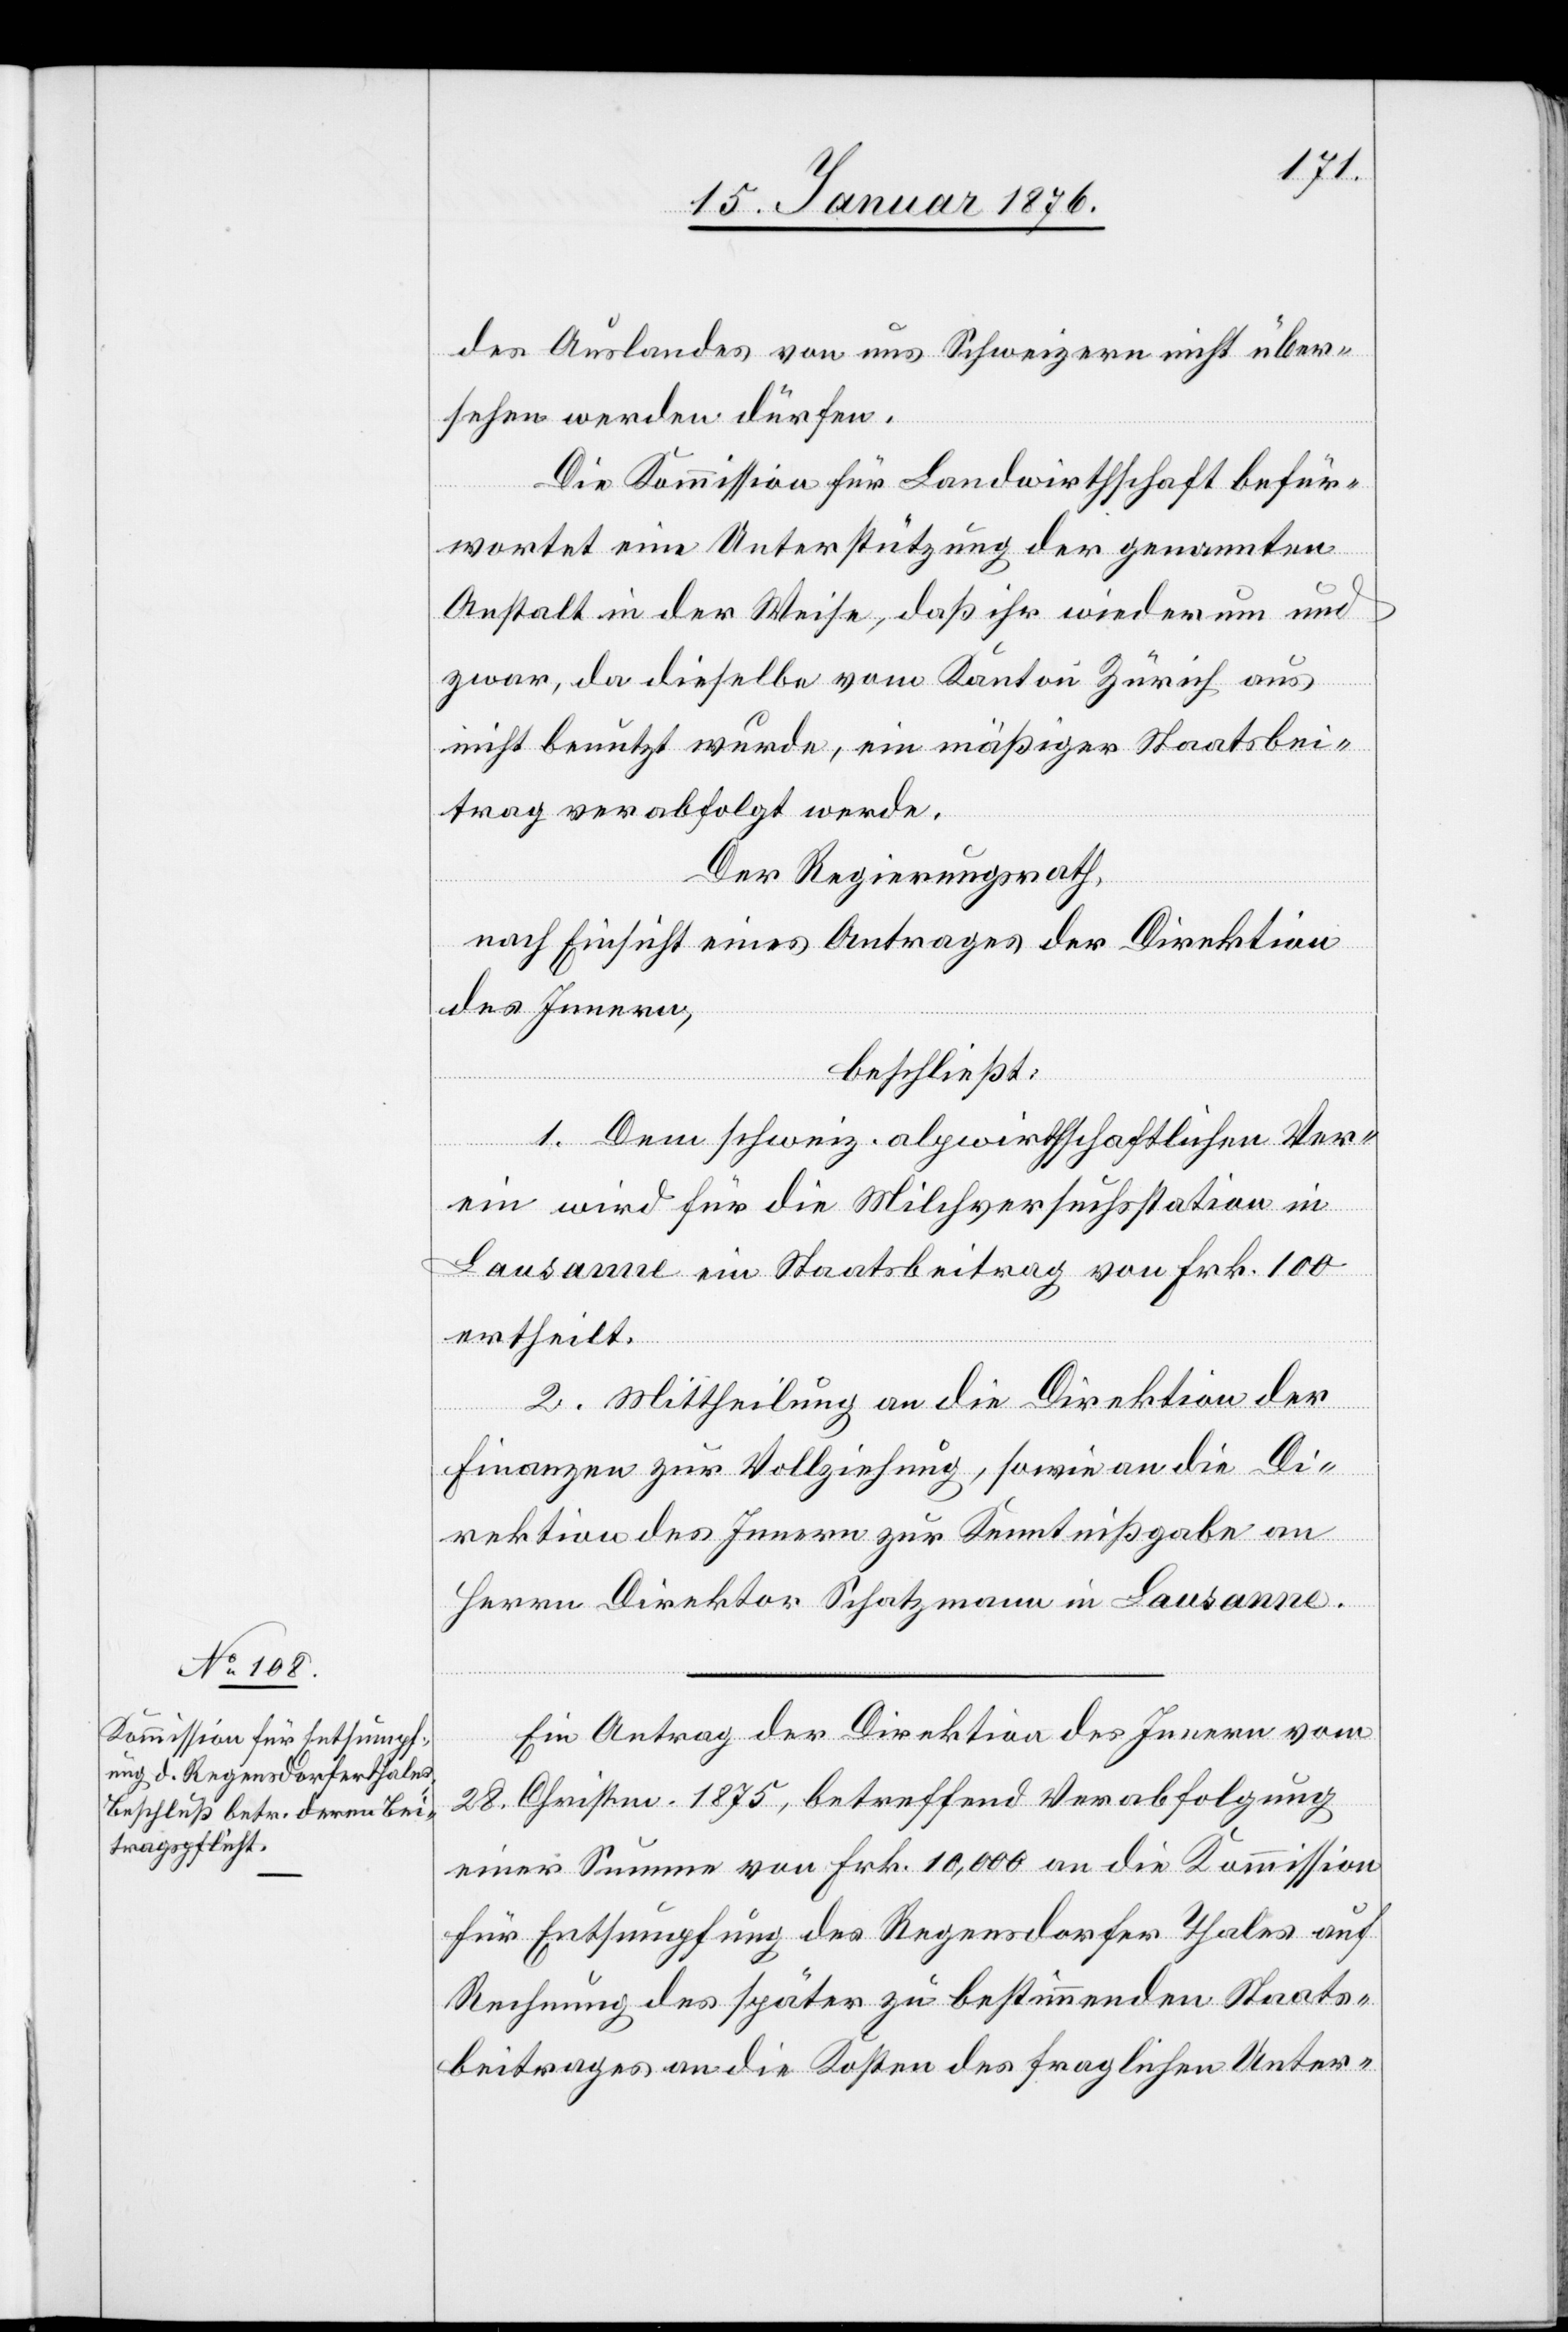
des Auslandes von uns Schweizern nicht über¬
sehen werden dürfen.
Die Kommission für Landwirthschaft befür¬
wortet eine Unterstützung der genannten
Anstalt in der Weise, daß ihr wiederum und
zwar, da dieselbe vom Kanton Zürich aus
nicht benutzt wurde, ein mäßiger Staatsbei¬
trag verabfolgt werde.
Der Regierungsrath,
nach Einsicht eines Antrages der Direktion
des Innern,
beschließt:
1. Dem schweiz. alpwirthschaftlichen Ver¬
ein wird für die Milchversuchsstation in
Lausanne ein Staatsbeitrag von Frk. 100
ertheilt.
2. Mittheilung an die Direktion der
Finanzen zur Vollziehung, sowie an die Di¬
rektion des Innern zur Kenntnißgabe an
Herrn Direktion Schatzmann in Lausanne.
Ein Antrag der Direktion des Innern vom
28. Christm. 1875, betreffend Verabfolgung
einer Summe von Frk. 10,000 an die Kommission
für Entsumpfung des Regensdorfer Thales auf
Rechnung des später zu bestimmenden Staats¬
beitrages an die Kosten des fraglichen Unter-